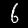
Label: 6